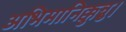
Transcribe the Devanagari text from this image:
अभिमानिक्कुन्नु।